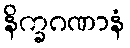
နိက္ခဂဏာနံ